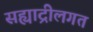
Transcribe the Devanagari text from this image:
सह्याद्रीलगत